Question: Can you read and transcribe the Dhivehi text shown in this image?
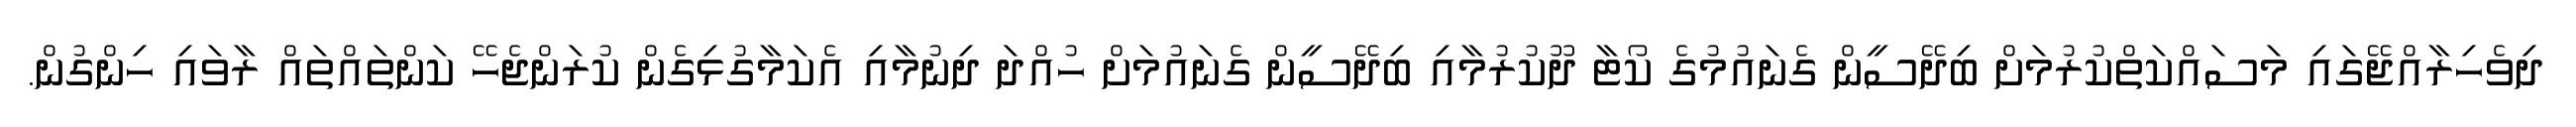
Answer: ދިވެހިރާއްޖޭގައި މަސައްކަތްކުރުމަށް ބިދޭސީން ގެނައުމުގެ ކޯޓާ ދޫކުރުމާއި ބިދޭސީން ގެނައުމަށް ހުއްދަ ދިނުމާއި އެކަމާގުޅިގެން ކުރަންޖެހޭ ކަންތައްތައް ރާވައި ހިންގުން.